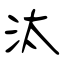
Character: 汰